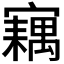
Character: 𡫢